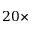
2 0 \times